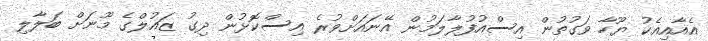
އެއާއިއެކު ޔޫހާ ވަގުތުން އިސްއުފުލާލަމުން އޭނައަށްވުރެ އިސްކޮޅުން ދިގު ޒައުލްގެ މޫނަށް ބަލާލި